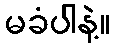
မခံပါနဲ့။